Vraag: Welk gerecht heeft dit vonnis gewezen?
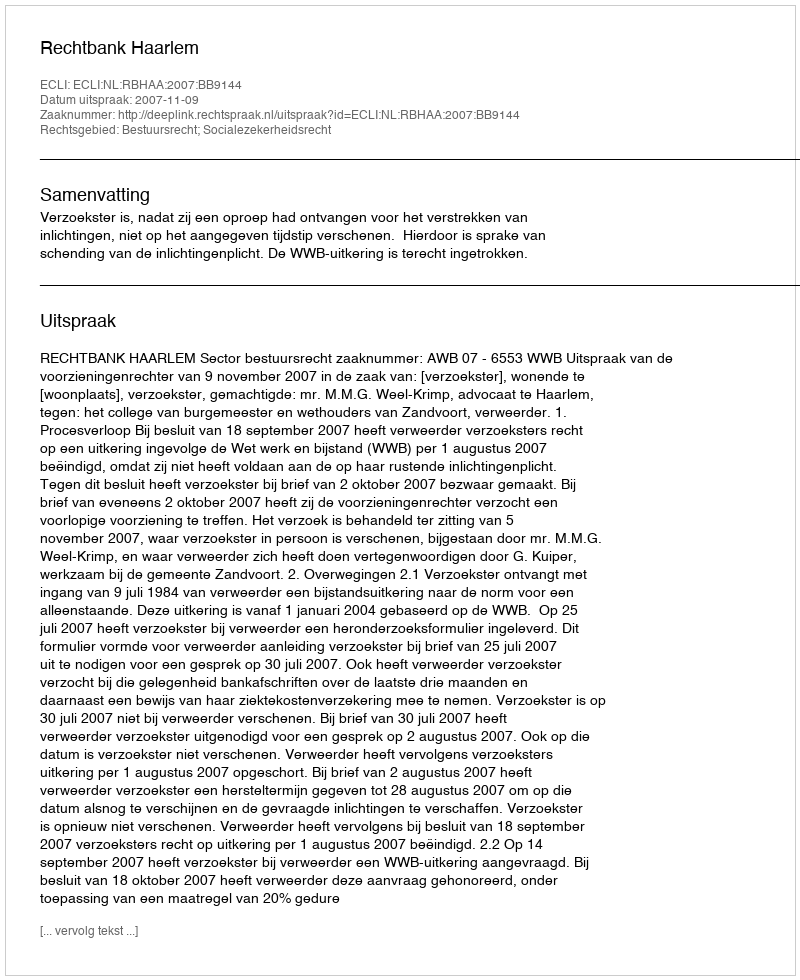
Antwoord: Rechtbank Haarlem